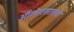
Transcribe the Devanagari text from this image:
ऑलेगसारखे